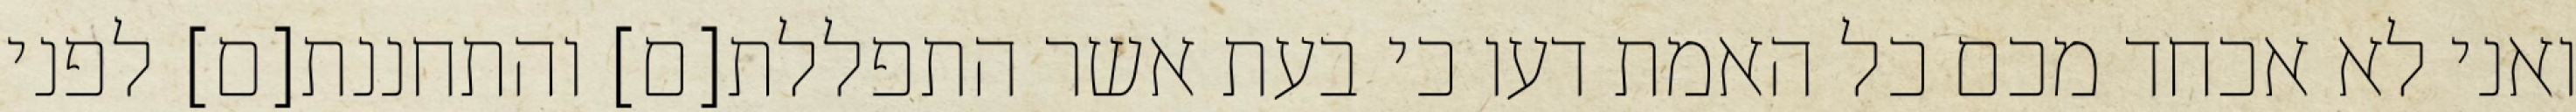
ואני לא אכחד מכם כל האמת דעו כי בעת אשר התפללת[ם] והתחננת[ם] לפני